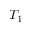
T _ { 1 }